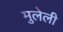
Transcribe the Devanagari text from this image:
मुलेली